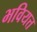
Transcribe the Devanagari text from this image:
भवियत्त